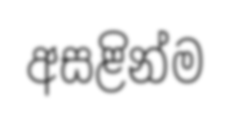
අසළින්ම